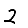
Digit: 2